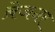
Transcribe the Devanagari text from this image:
ब्रेजनर